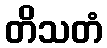
တိသတံ